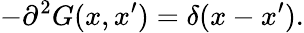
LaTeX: -\partial^{2}G(x,x^{\prime})=\delta(x-x^{\prime}).